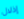
إذلال